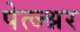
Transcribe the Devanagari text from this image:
पेत्ज्श्नर